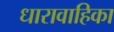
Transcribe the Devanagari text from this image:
धारावाहिका